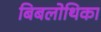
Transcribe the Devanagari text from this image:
बिबलोथिका